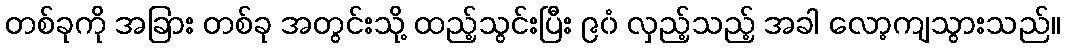
တစ်ခုကို အခြား တစ်ခု အတွင်းသို့ ထည့်သွင်းပြီး ၉၀ံ လှည့်သည့် အခါ လော့ကျသွားသည်။